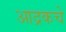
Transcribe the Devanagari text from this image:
आद्रकचे